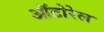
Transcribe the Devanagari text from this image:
ऑटोरेल